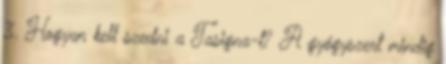
3. Hogyan kell szedni a Tasigna-t? A gyógyszert mindig